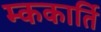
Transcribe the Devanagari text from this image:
म्ककार्ति